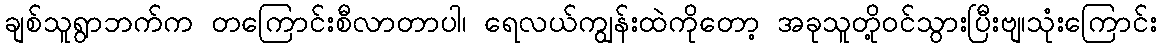
ချစ်သူရွာဘက်က တကြောင်းစီလာတာပါ၊ ရေလယ်ကျွန်းထဲကိုတော့ အခုသူတို့ဝင်သွားပြီးဗျ၊သုံးကြောင်း